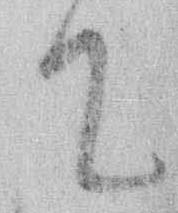
て